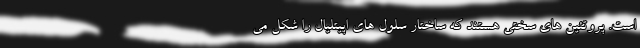
است. پروتئین های سختی هستند که ساختار سلول های اپیتلیال را شکل می